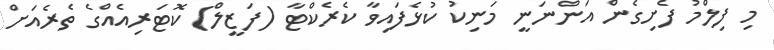
މި ފިލްމު ފެށިގެން އަންނަނީ މަނިކު ކުޅެފައިވާ ކެރެކްޓާ (ފަޒީލް) ކޮޓަރިއެއްގެ ތެރެއަށް